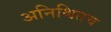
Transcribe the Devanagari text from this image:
अनिश्चितच